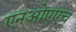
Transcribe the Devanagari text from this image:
एनओएएच